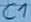
Text: C1